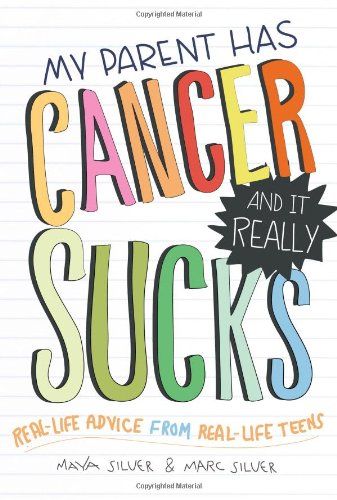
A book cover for My Parent Has Cancer and It Really Sucks; Maya Silver; Teen & Young Adult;